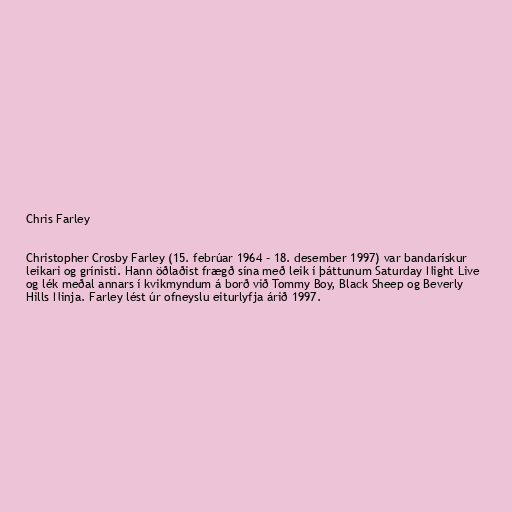
Chris Farley

Christopher Crosby Farley (15. febrúar 1964 – 18. desember 1997) var bandarískur
leikari og grínisti. Hann öðlaðist frægð sína með leik í þáttunum Saturday Night Live
og lék meðal annars í kvikmyndum á borð við Tommy Boy, Black Sheep og Beverly
Hills Ninja. Farley lést úr ofneyslu eiturlyfja árið 1997.